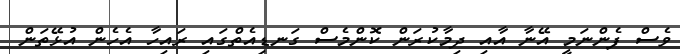
ވެސް ފެންނަމީ އޭނާ އާއި ދިމާކުރަން ކޮންމެސް ގަނޑިއެތްގައި ރައިހާ އެހެން އުޅޭތަން